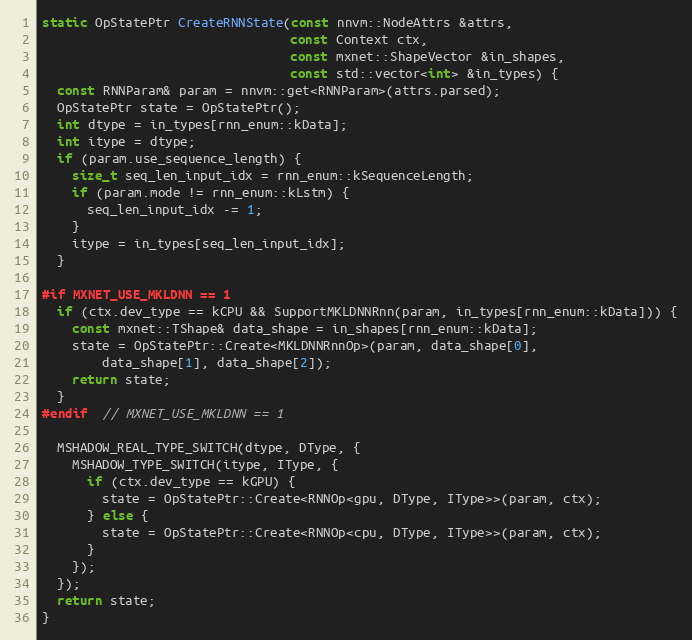
Language: C++
static OpStatePtr CreateRNNState(const nnvm::NodeAttrs &attrs,
                                 const Context ctx,
                                 const mxnet::ShapeVector &in_shapes,
                                 const std::vector<int> &in_types) {
  const RNNParam& param = nnvm::get<RNNParam>(attrs.parsed);
  OpStatePtr state = OpStatePtr();
  int dtype = in_types[rnn_enum::kData];
  int itype = dtype;
  if (param.use_sequence_length) {
    size_t seq_len_input_idx = rnn_enum::kSequenceLength;
    if (param.mode != rnn_enum::kLstm) {
      seq_len_input_idx -= 1;
    }
    itype = in_types[seq_len_input_idx];
  }

#if MXNET_USE_MKLDNN == 1
  if (ctx.dev_type == kCPU && SupportMKLDNNRnn(param, in_types[rnn_enum::kData])) {
    const mxnet::TShape& data_shape = in_shapes[rnn_enum::kData];
    state = OpStatePtr::Create<MKLDNNRnnOp>(param, data_shape[0],
        data_shape[1], data_shape[2]);
    return state;
  }
#endif  // MXNET_USE_MKLDNN == 1

  MSHADOW_REAL_TYPE_SWITCH(dtype, DType, {
    MSHADOW_TYPE_SWITCH(itype, IType, {
      if (ctx.dev_type == kGPU) {
        state = OpStatePtr::Create<RNNOp<gpu, DType, IType>>(param, ctx);
      } else {
        state = OpStatePtr::Create<RNNOp<cpu, DType, IType>>(param, ctx);
      }
    });
  });
  return state;
}